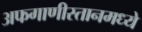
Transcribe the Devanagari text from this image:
अफगाणीस्तानमध्ये